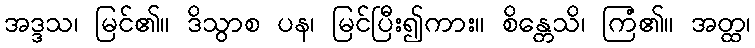
အဒ္ဒသ၊ မြင်၏။ ဒိသွာစ ပန၊ မြင်ပြီး၍ကား။ စိန္တေသိ၊ ကြံ၏။ အတ္ထ၊